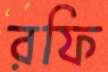
রফি